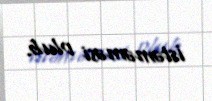
istəməməsi olub.